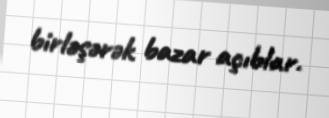
birləşərək bazar açıblar.